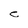
Character: e